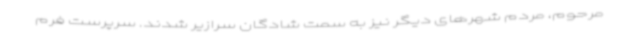
مرحوم، مردم شهرهای دیگر نیز به سمت شادگان سرازیر شدند. سرپرست فرم